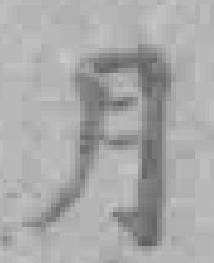
月